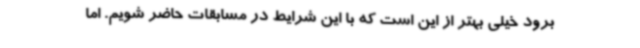
برود خیلی بهتر از این است که با این شرایط در مسابقات حاضر شویم. اما